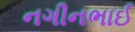
નગીનભાઈ